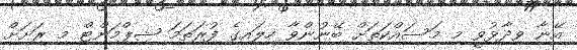
އޭނާ ވިދާޅުވީ މި މަސައްކަތަށް ބޭނުންވާ ހިލައިގެ ފުރަތަމަ ޝިޕްމަންޓް މި ރަށަށް